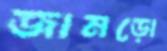
জামড়ো